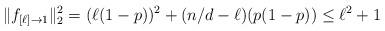
LaTeX: \begin{align*} \| f _{[\ell] \rightarrow 1} \|_2^2 = (\ell (1-p))^2 + (n/d - \ell) (p(1-p)) \le \ell^2 + 1 \end{align*}